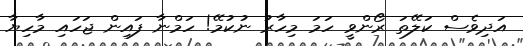
އަދިވެސް ކަލޭތަ ރޯންވީ ހަމަ މިހާރު ނުކުމޭ! ހަމްނާ ފައިން ޖަހައި މާހިޔާ